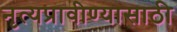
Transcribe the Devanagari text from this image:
नृत्यप्रावीण्यासाठी